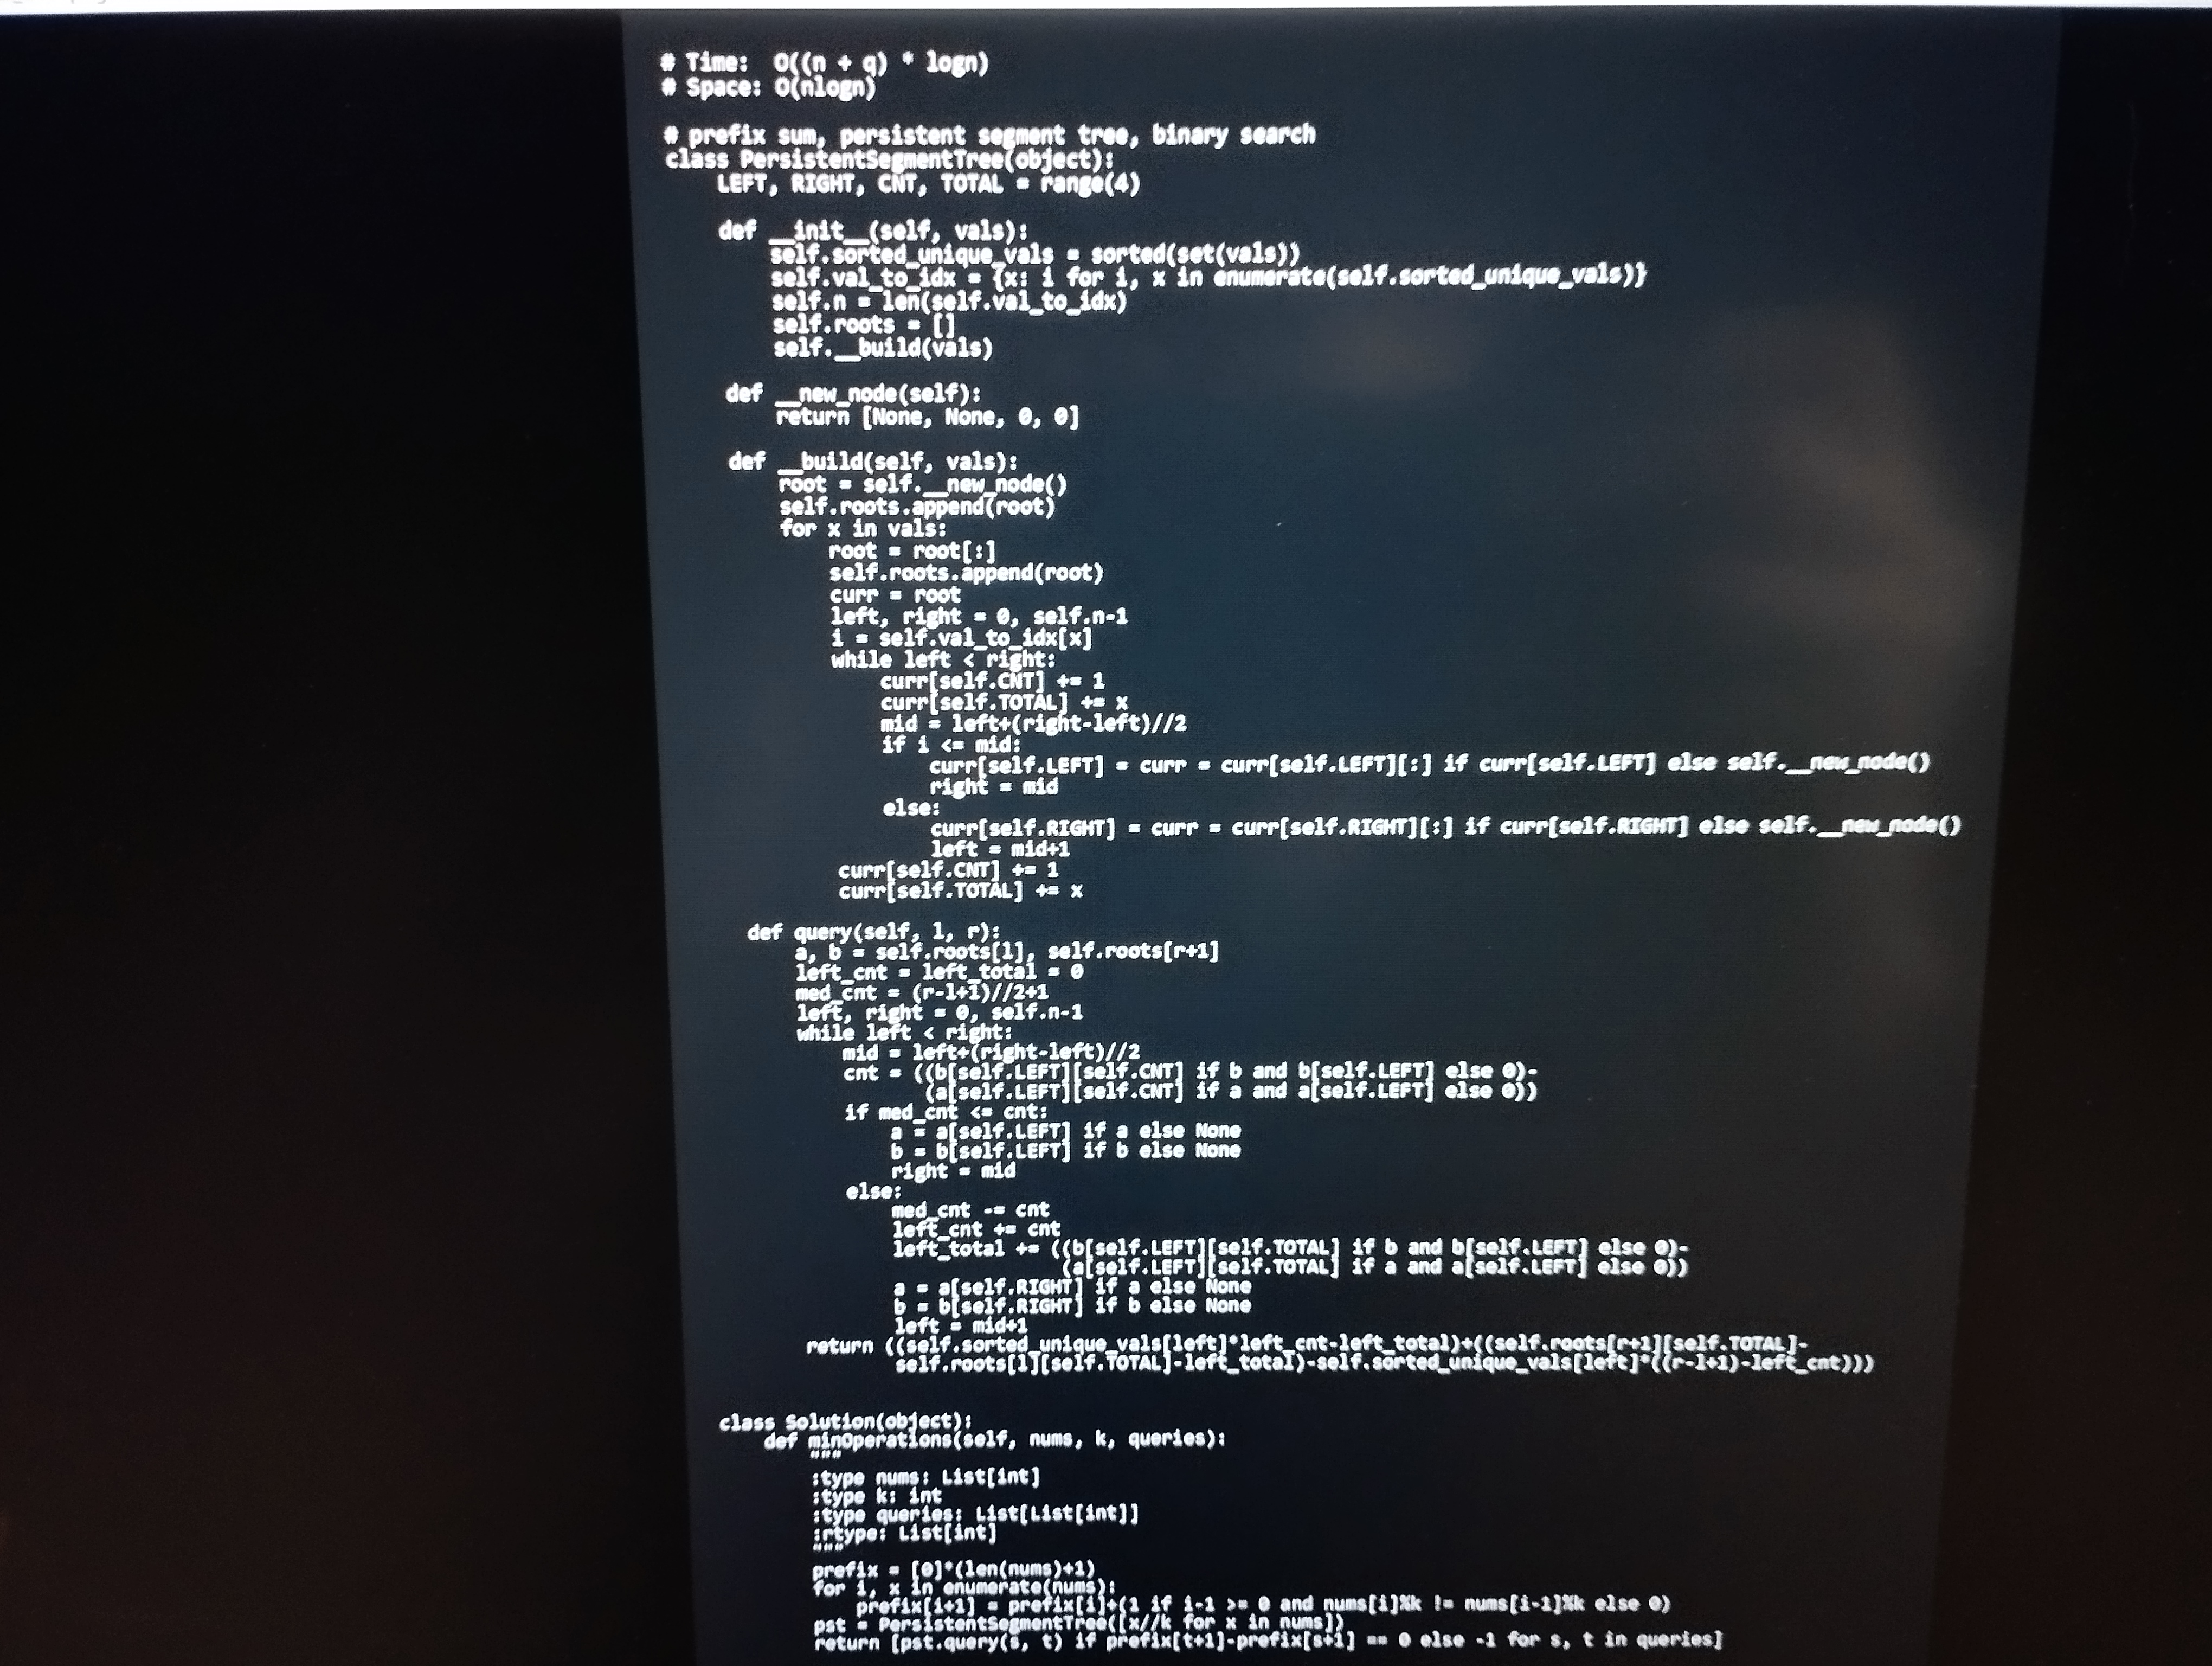
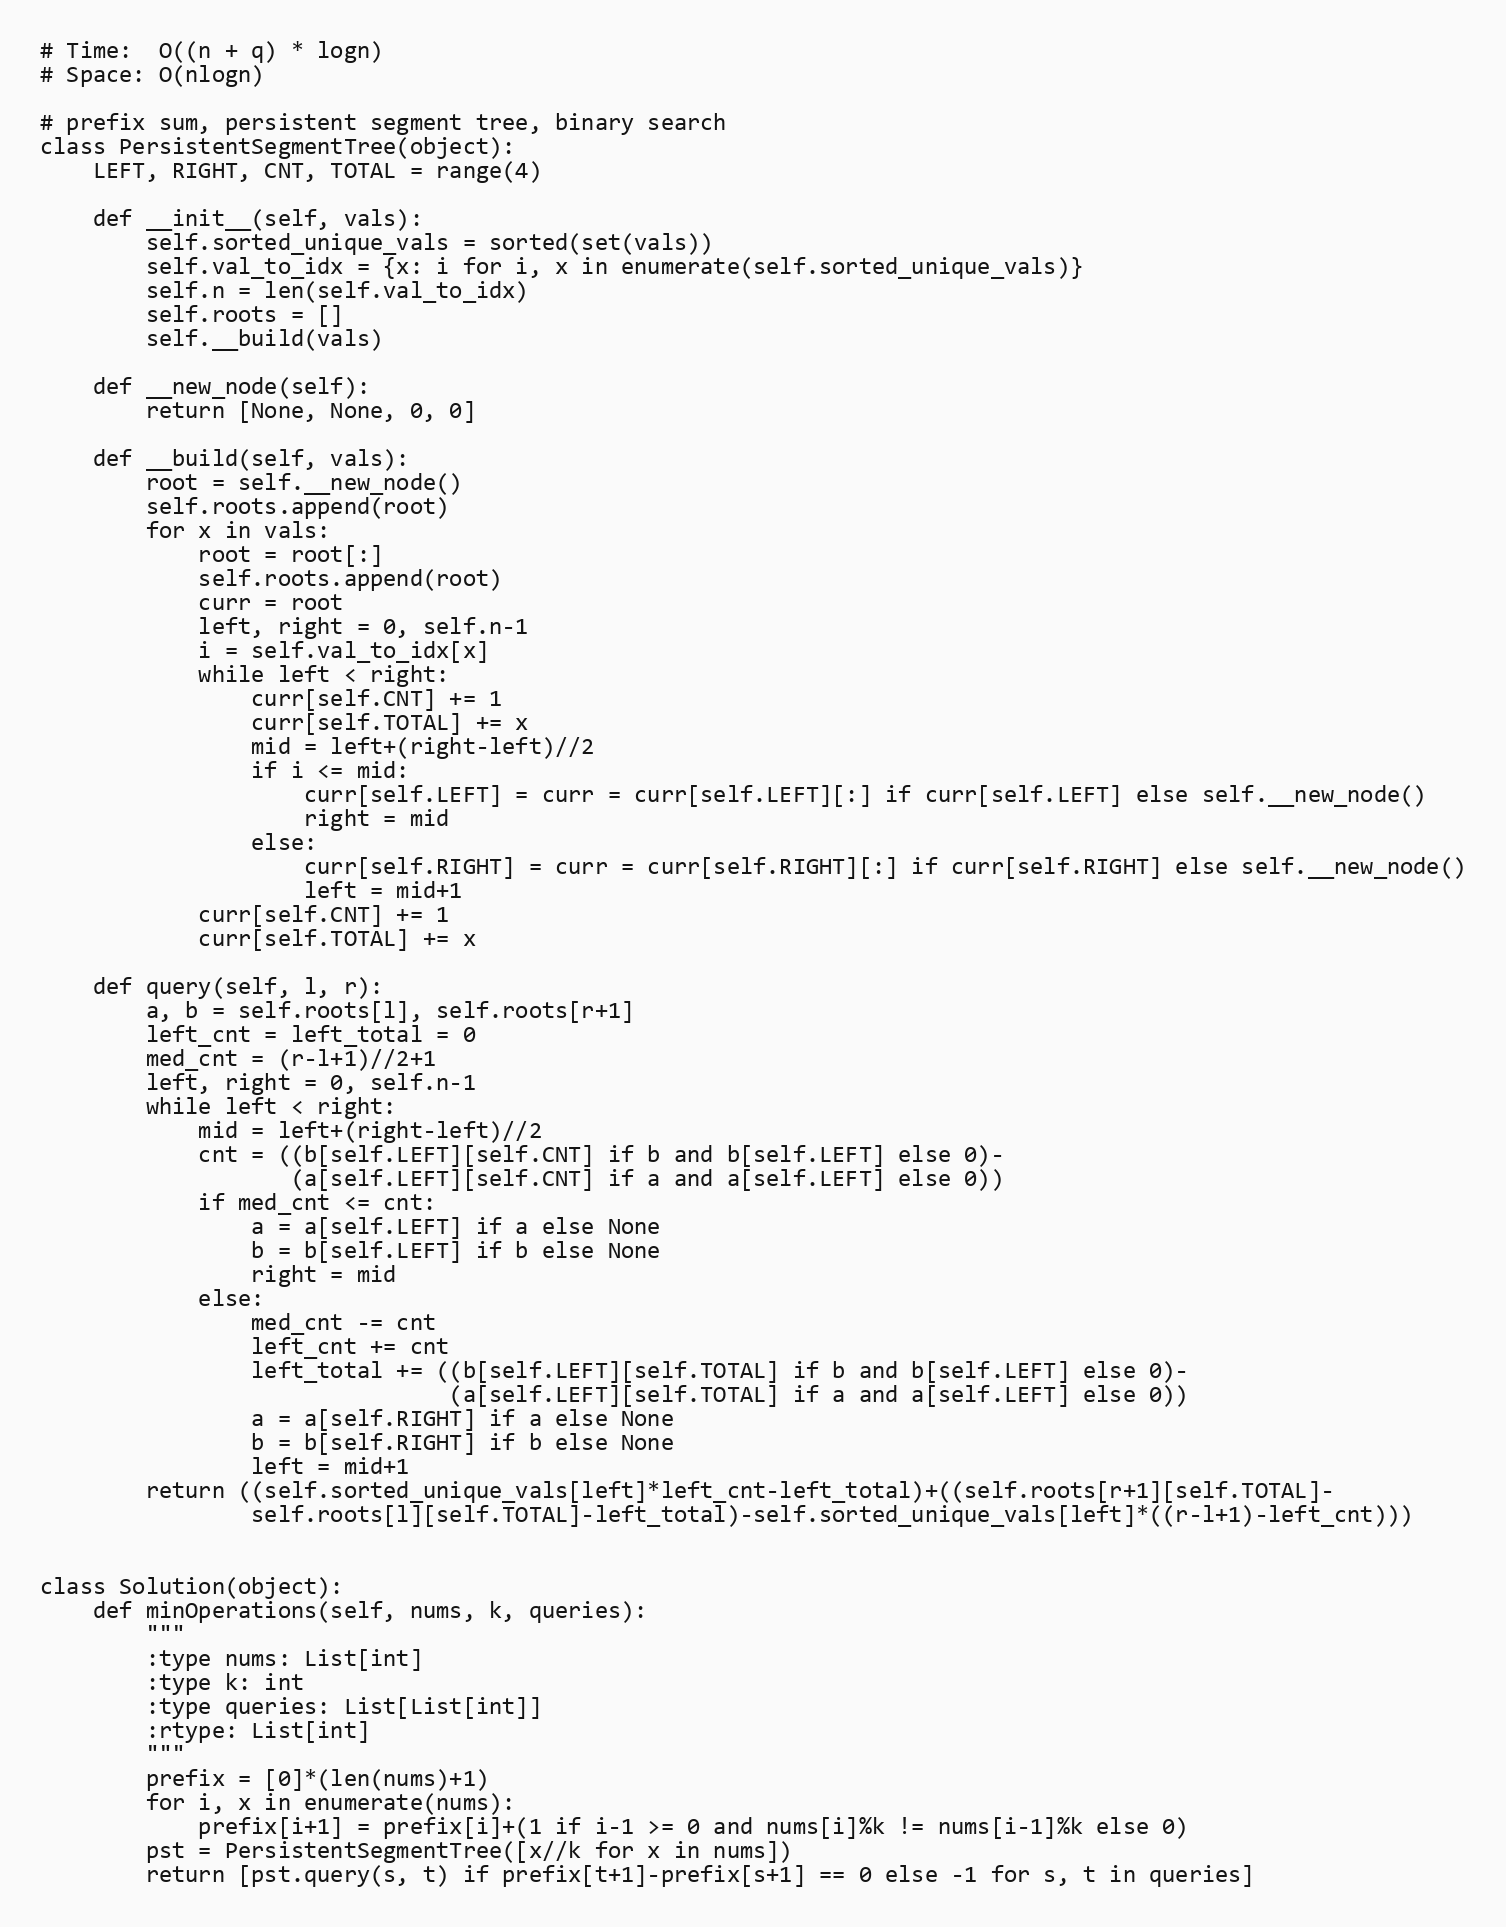
# Time:  O((n + q) * logn)
# Space: O(nlogn)

# prefix sum, persistent segment tree, binary search
class PersistentSegmentTree(object):
    LEFT, RIGHT, CNT, TOTAL = range(4)

    def __init__(self, vals):
        self.sorted_unique_vals = sorted(set(vals))
        self.val_to_idx = {x: i for i, x in enumerate(self.sorted_unique_vals)}
        self.n = len(self.val_to_idx)
        self.roots = []
        self.__build(vals)

    def __new_node(self):
        return [None, None, 0, 0]

    def __build(self, vals):
        root = self.__new_node()
        self.roots.append(root)
        for x in vals:
            root = root[:]
            self.roots.append(root)
            curr = root
            left, right = 0, self.n-1
            i = self.val_to_idx[x]
            while left < right:
                curr[self.CNT] += 1
                curr[self.TOTAL] += x
                mid = left+(right-left)//2
                if i <= mid:
                    curr[self.LEFT] = curr = curr[self.LEFT][:] if curr[self.LEFT] else self.__new_node()
                    right = mid
                else:
                    curr[self.RIGHT] = curr = curr[self.RIGHT][:] if curr[self.RIGHT] else self.__new_node()
                    left = mid+1
            curr[self.CNT] += 1
            curr[self.TOTAL] += x

    def query(self, l, r):
        a, b = self.roots[l], self.roots[r+1]
        left_cnt = left_total = 0
        med_cnt = (r-l+1)//2+1
        left, right = 0, self.n-1
        while left < right:
            mid = left+(right-left)//2
            cnt = ((b[self.LEFT][self.CNT] if b and b[self.LEFT] else 0)-
                   (a[self.LEFT][self.CNT] if a and a[self.LEFT] else 0))
            if med_cnt <= cnt:
                a = a[self.LEFT] if a else None
                b = b[self.LEFT] if b else None
                right = mid
            else:
                med_cnt -= cnt
                left_cnt += cnt
                left_total += ((b[self.LEFT][self.TOTAL] if b and b[self.LEFT] else 0)-
                               (a[self.LEFT][self.TOTAL] if a and a[self.LEFT] else 0))
                a = a[self.RIGHT] if a else None
                b = b[self.RIGHT] if b else None
                left = mid+1
        return ((self.sorted_unique_vals[left]*left_cnt-left_total)+((self.roots[r+1][self.TOTAL]-
                self.roots[l][self.TOTAL]-left_total)-self.sorted_unique_vals[left]*((r-l+1)-left_cnt)))

class Solution(object):
    def minOperations(self, nums, k, queries):
        """
        :type nums: List[int]
        :type k: int
        :type queries: List[List[int]]
        :rtype: List[int]
        """
        prefix = [0]*(len(nums)+1)
        for i, x in enumerate(nums):
            prefix[i+1] = prefix[i]+(1 if i-1 >= 0 and nums[i]%k != nums[i-1]%k else 0)
        pst = PersistentSegmentTree([x//k for x in nums])
        return [pst.query(s, t) if prefix[t+1]-prefix[s+1] == 0 else -1 for s, t in queries]